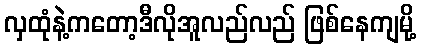
လှထုံနဲ့ကတော့ဒီလိုအူလည်လည် ဖြစ်နေကျမို့